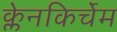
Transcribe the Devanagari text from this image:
क्लेनकिर्चेम